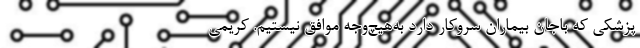
پزشکی که باجان بیماران سروکار دارد به‌هیچ‌وجه موافق نیستیم. کریمی